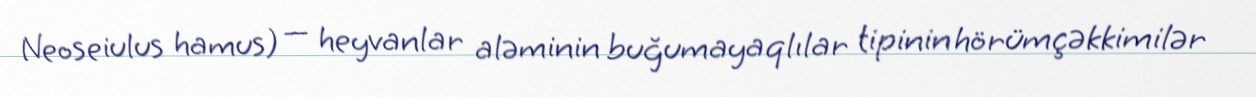
Neoseiulus hamus) — heyvanlar aləminin buğumayaqlılar tipinin hörümçəkkimilər